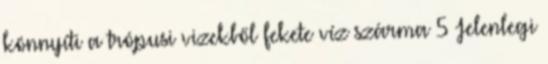
könnyíti a trópusi vizekből fekete víz szárma 5 Jelenlegi